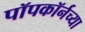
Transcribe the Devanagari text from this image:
पॉपकॉर्नच्या